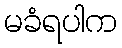
မခံရပါက